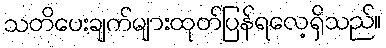
သတိပေးချက်များထုတ်ပြန်ရလေ့ရှိသည်။